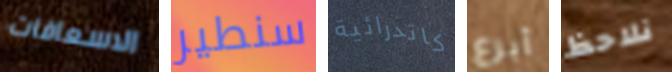
الاسعافات سنطير كاتدرائية أبرع نلاحظ